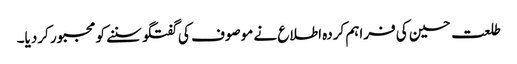
طلعت حسین کی فراہم کردہ اطلاع نے موصوف کی گفتگو سننے کو مجبور کردیا۔